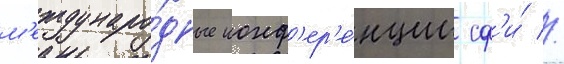
м'еждунаро́дные конф'ер'е́нции сф'и́ //